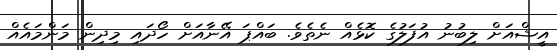
އީޝްއަށް ލިބުނު އުފަލުގެ ކޮޅެއް ނެތެވެ. ބައްޕަ އޭނާއަށް ހޯދައި މިދިން މަންމައެއް